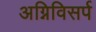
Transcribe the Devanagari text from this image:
अग्निविसर्प